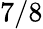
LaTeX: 7/8